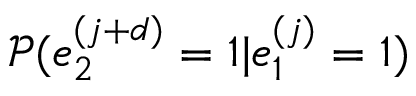
\mathcal { P } ( e _ { 2 } ^ { ( j + d ) } = 1 | e _ { 1 } ^ { ( j ) } = 1 )